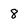
Character: 8